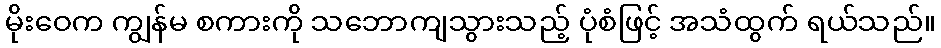
မိုးဝေက ကျွန်မ စကားကို သဘောကျသွားသည့် ပုံစံဖြင့် အသံထွက် ရယ်သည်။